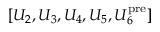
[ U _ { 2 } , U _ { 3 } , U _ { 4 } , U _ { 5 } , U _ { 6 } ^ { \mathrm { p r e } } ]